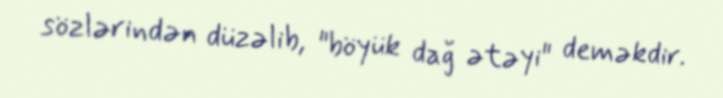
sözlərindən düzəlib, "böyük dağ ətəyi" deməkdir.